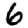
Digit: 6